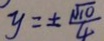
y = \pm \frac { \sqrt { 1 0 } } { 4 }